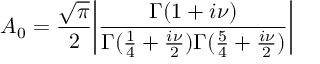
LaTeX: A _ { 0 } = { \frac { \sqrt \pi } { 2 } } \bigg | \frac { \Gamma ( 1 + i \nu ) } { \Gamma ( { \frac { 1 } { 4 } } + { \frac { i \nu } { 2 } } ) \Gamma ( { \frac { 5 } { 4 } } + { \frac { i \nu } { 2 } } ) } \bigg |